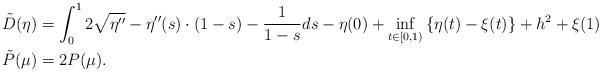
LaTeX: \begin{align*}\tilde{D}(\eta) & =\int_{0}^{1}2\sqrt{\eta''}-\eta''(s)\cdot(1-s)-\frac{1}{1-s}ds-\eta(0)+\inf_{t\in[0,1)}\left\{ \eta(t)-\xi(t)\right\} +h^{2}+\xi(1)\\\tilde{P}(\mu) & =2P(\mu).\end{align*}